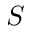
S